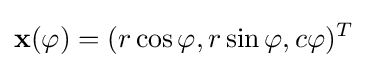
\mathbf {x} (\varphi )=(r\cos \varphi ,r\sin \varphi ,c\varphi )^{T}